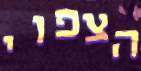
הצפוי